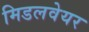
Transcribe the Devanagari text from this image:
मिडलवेयर